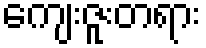
ကျေးဇူးတရား